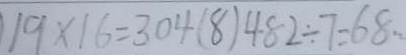
1 9 \times 1 6 = 3 0 4 ( 8 ) 4 8 2 \div 7 = 6 8